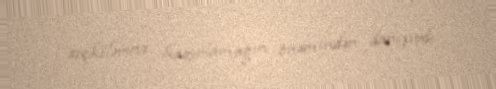
seçkilərinə hazırlamağın önəmindən danışırdı.